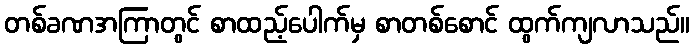
တစ်ခဏအကြာတွင် စာထည့်ပေါက်မှ စာတစ်စောင် ထွက်ကျလာသည်။